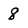
Character: 8